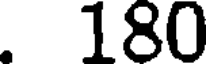
. 180